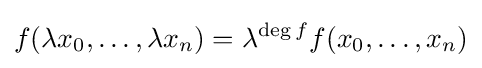
f(\lambda x_{0},\dots ,\lambda x_{n})=\lambda ^{\deg f}f(x_{0},\dots ,x_{n})